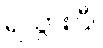
ရသွားပြီ။